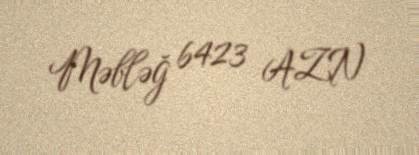
Məbləğ 6423 AZN